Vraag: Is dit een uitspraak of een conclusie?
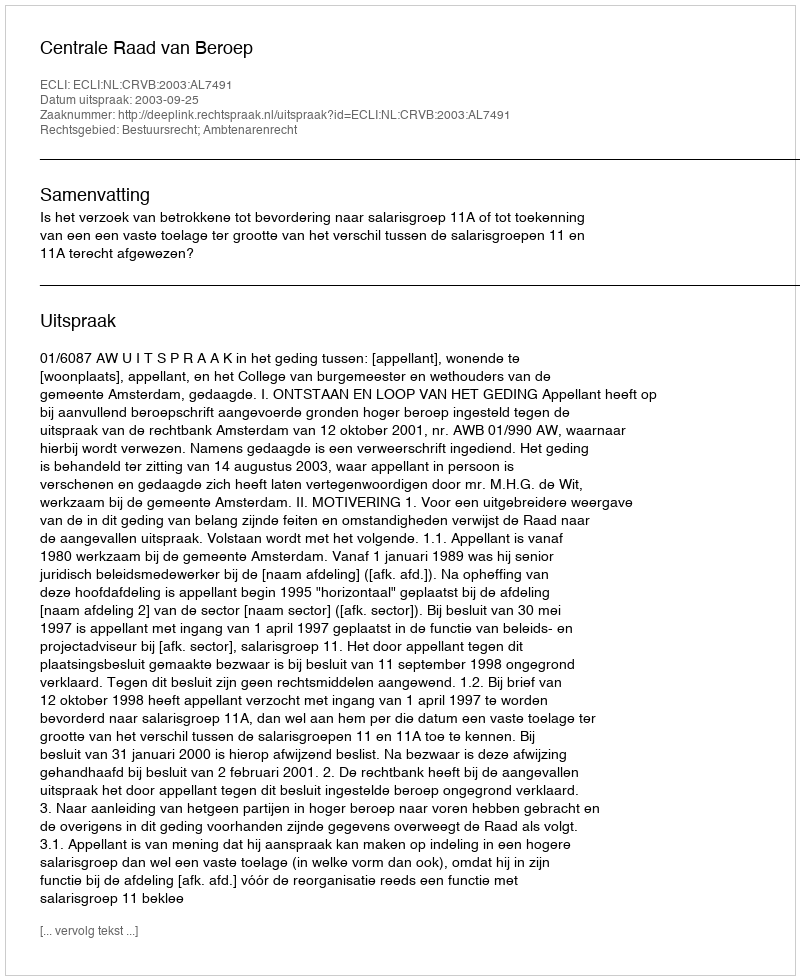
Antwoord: Uitspraak